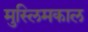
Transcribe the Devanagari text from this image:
मुस्लिमकाल